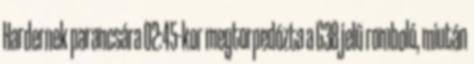
Hardernek parancsára 02:45-kor megtorpedózta a G38 jelű romboló, miután